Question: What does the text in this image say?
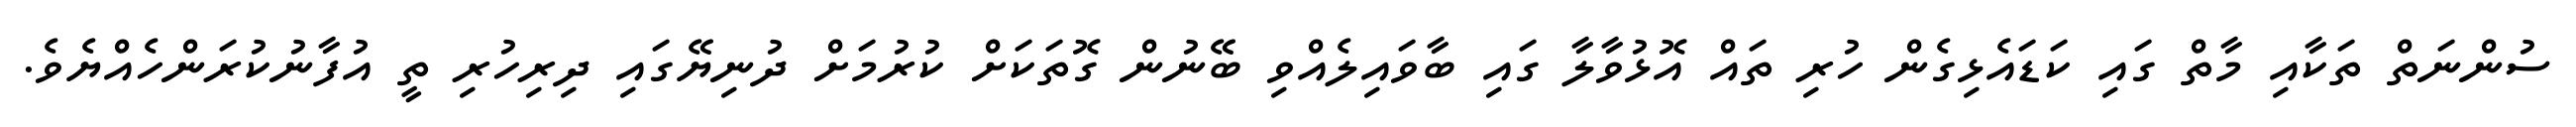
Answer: ސުންނަތް ތަކާއި މާތް ގައި ކަޑައެޅިގެން ހުރި ތައް އޮޅުވާލާ ގައި ބާވައިލެއްވި ބޭނުން ގޮތަކަށް ކުރުމަށް ދުނިޔޭގައި ދިރިހުރި ތީ އުފާނުކުރަންހެއްޔެވެ.